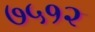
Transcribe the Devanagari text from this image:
७५१२